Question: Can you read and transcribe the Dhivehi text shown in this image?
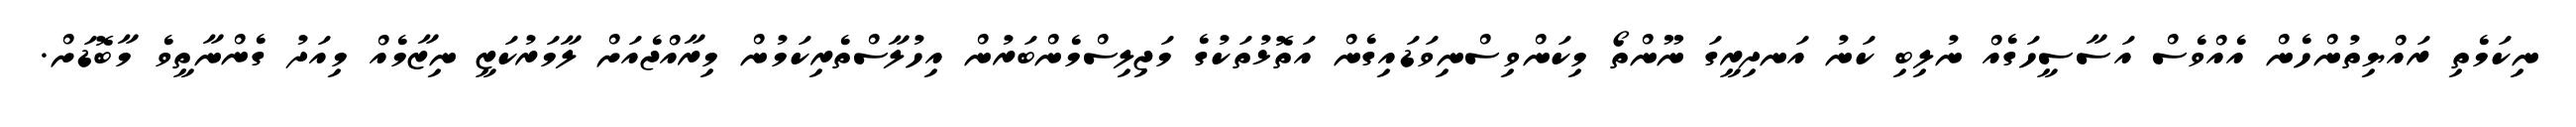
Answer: ނިކަމެތި ރައްޔިތުންހެން އެއްވެސް އަސާސީހަގެއް ނުލިބި ކަނު އަނދިރީގަ ނޫންތޯ މިކަންވިސްނިވަޑައިގެން އަތޮޅުތަކުގެ މަޖިލިސްމެންބަރުން އިހުލާސްތެރިކަމުން މިރާއްޖެއަށް ލާމަރުކަޒީ ނިޒާމެއް މިއަދު ގެންނާތީވެ މާބޮޑަށް.